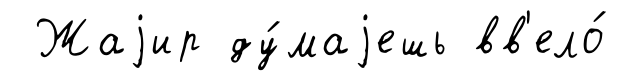
Жаjир ду́маjешь вв'ело́